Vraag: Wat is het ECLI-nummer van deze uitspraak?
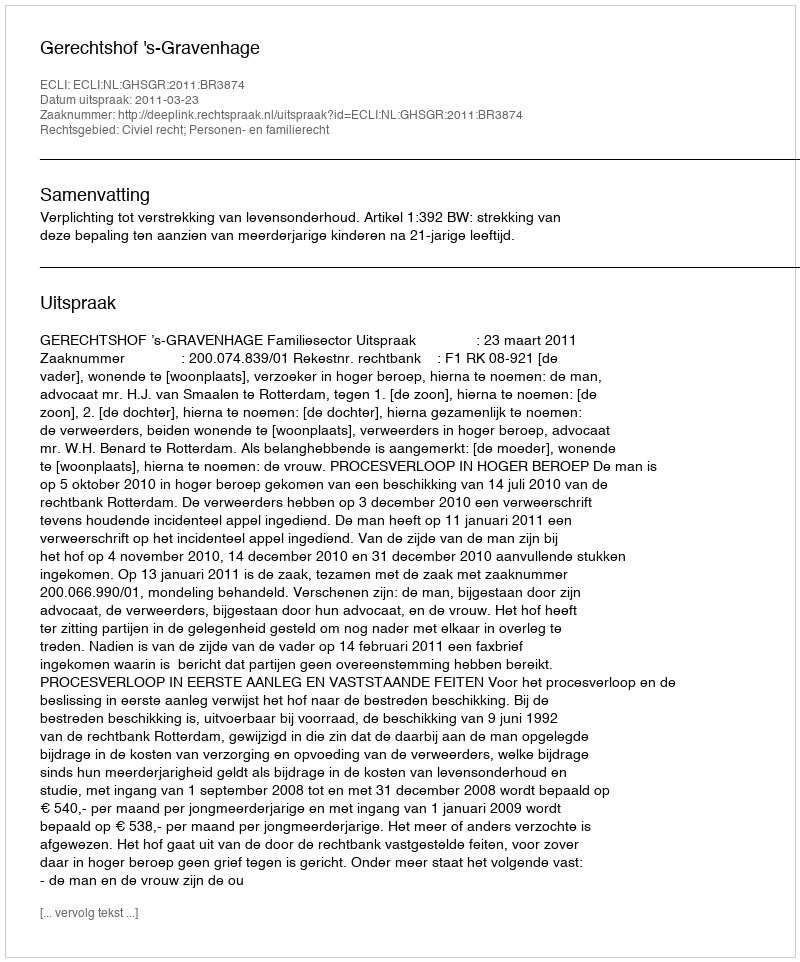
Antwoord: ECLI:NL:GHSGR:2011:BR3874